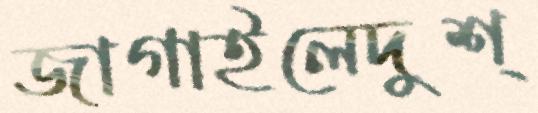
জাগাইলেদুশ্